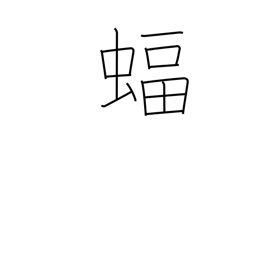
Meaning: bat